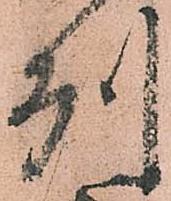
州